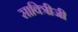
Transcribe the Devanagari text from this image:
सावित्रीजी